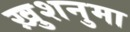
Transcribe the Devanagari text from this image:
ख़ुशनुमा